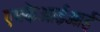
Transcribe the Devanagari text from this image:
एमकेआईआई